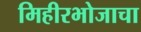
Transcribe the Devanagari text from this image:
मिहीरभोजाचा